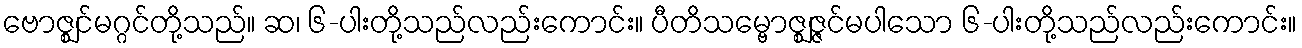
ဗောဇ္ဈင်မဂ္ဂင်တို့သည်။ ဆ၊ ၆-ပါးတို့သည်လည်းကောင်း။ ပီတိသမ္ဗောဇ္ဈဇ္ဇင်မပါသော ၆-ပါးတို့သည်လည်းကောင်း။